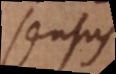
sensus